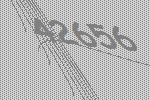
42656